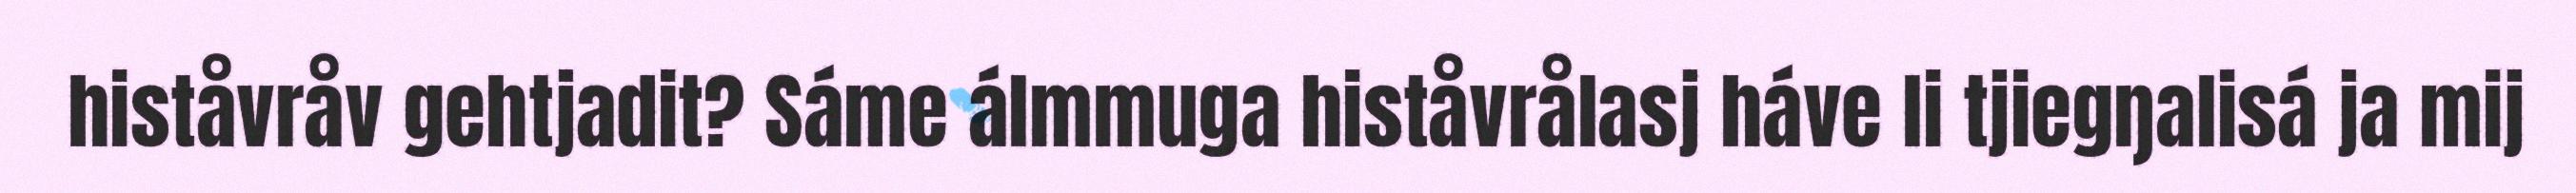
histåvråv gehtjadit? Sáme álmmuga histåvrålasj háve li tjiegŋalisá ja mij